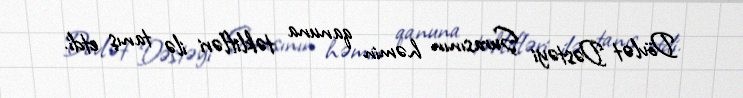
Dövlət Dəstəyi Şurasının həmin qanuna təklifləri ilə tanış etdi.